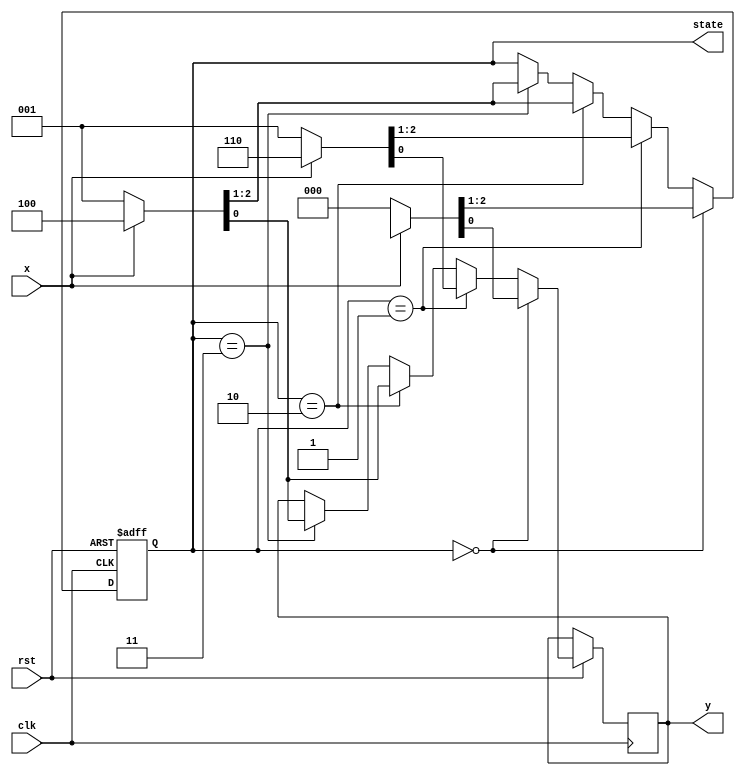
module SM1(clk, rst, x, y, state);

input clk, rst, x;
output reg [1:0] state;
output reg y;

always @(negedge rst or posedge clk) begin
    if(!rst) state <= 2'b00;
    else begin
        if     (state == 2'b00) {state,y} <= x ? 3'bxxx : 3'b000;
        else if(state == 2'b01) {state,y} <= x ? 3'b110 : 3'b001;
        else if(state == 2'b10) {state,y} <= x ? 3'b100 : 3'b001;
        else if(state == 2'b11) {state,y} <= x ? 3'b100 : 3'b001;
    end
end

endmodule